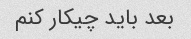
بعد باید چیکار کنم